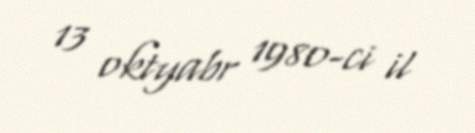
13 oktyabr 1980-ci il